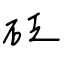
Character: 砭